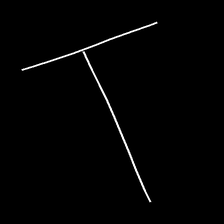
Glyph: column